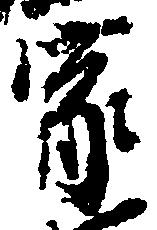
家